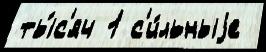
ты́с'яч 1 с'и́льныjе